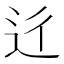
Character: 𨑠